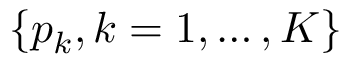
\{ p _ { k } , k = 1 , \ldots , K \}